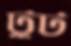
টুট